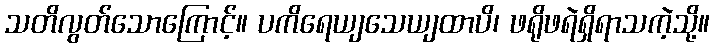
သတိလွတ်သောကြောင့်။ ပကိရေယျသေယျထာပိ၊ ဖရိုဖရဲရှိရာသကဲ့သို့။